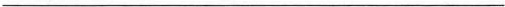
___